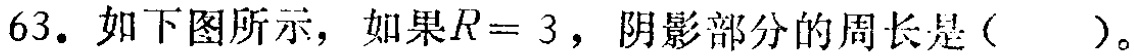
63. 如下图所示，如果\(R = 3\)，阴影部分的周长是（  ）。